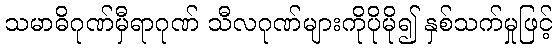
သမာဓိဂုဏ်မှီရာဂုဏ် သီလဂုဏ်များကိုပိုမို၍ နှစ်သက်မှုဖြင့်